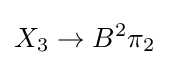
X_{3}\to B^{2}\pi _{2}